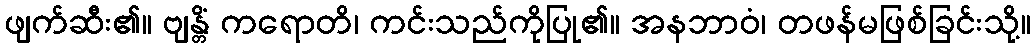
ဖျက်ဆီး၏။ ဗျန္တိံ ကရောတိ၊ ကင်းသည်ကိုပြု၏။ အနဘာဝံ၊ တဖန်မဖြစ်ခြင်းသို့။